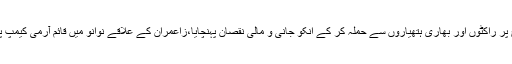
18 نومبر دشت کے علاقے زریں بگ اور پرنٹ کے درمیان سرمچاروں نے پاکستانی فوج پر راکٹوں اور بھاری ہتھیاروں سے حملہ کر کے انکو جانی و مالی نقصان پہنچایا،زاعمران کے علاقے نوانو میں قائم آرمی کیمپ پر سرمچاروں نے راکٹ اور خود کارہتھیاروں سے حملہ کرکے انکو بھاری نقصان پہنچایا۔